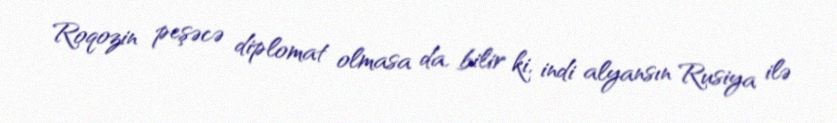
Roqozin peşəcə diplomat olmasa da, bilir ki, indi alyansın Rusiya ilə